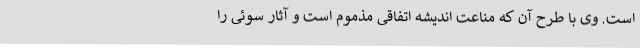
است. وی با طرح آن که مناعت اندیشه اتفاقی مذموم است و آثار سوئی را